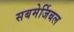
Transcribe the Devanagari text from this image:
सबमेर्जिबल